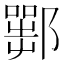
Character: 𨞍